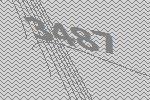
3487